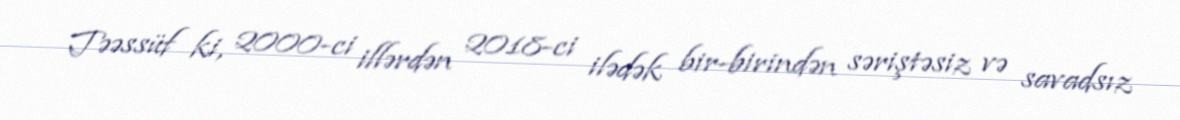
Təəssüf ki, 2000-ci illərdən 2018-ci ilədək bir-birindən səriştəsiz və savadsız